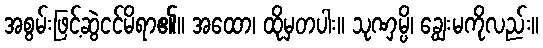
အစွမ်းဖြင့်ဆွဲငင်မိရာ၏။ အထော၊ ထိုမှတပါး။ သုဏှမ္ပိ၊ ချွေးမကိုလည်း။